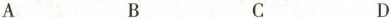
A B C D